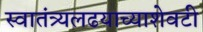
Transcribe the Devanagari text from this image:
स्वातंत्र्यलढयाच्याशेवटी